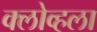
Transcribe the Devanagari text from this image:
क्लोव्हला